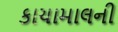
કાચામાલની